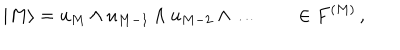
| M \rangle = u _ { M } \wedge u _ { M - 1 } \wedge u _ { M - 2 } \wedge \ldots \qquad \in F ^ { ( M ) } \, ,